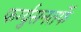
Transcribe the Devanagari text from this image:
फर्ग्युसनतर्फे